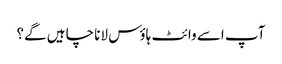
آپ اسے وائٹ ہاؤس لانا چاہیں گے؟